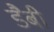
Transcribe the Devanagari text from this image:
डैबी